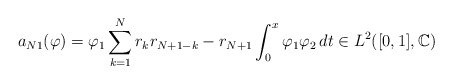
\begin{align*}a_{N1}(\varphi)= \varphi_1\sum_{k=1}^N r_k r_{N+1-k}-r_{N+1}\int_0^x \varphi_1\varphi_2\,dt \in L^2([0,1],\mathbb{C})\end{align*}